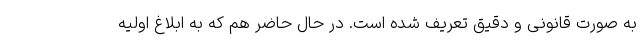
به صورت قانونی و دقیق تعریف شده است. در حال حاضر هم که به ابلاغ اولیه